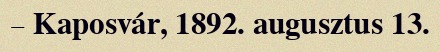
– Kaposvár, 1892. augusztus 13.